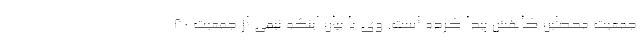
جمعیت محصلین کاهش پیدا کرده است. وی با بیان اینکه نیمی از جمعیت ۸۰